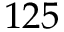
1 2 5